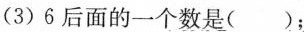
(3)6后面的一个数是（）；